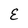
Character: E